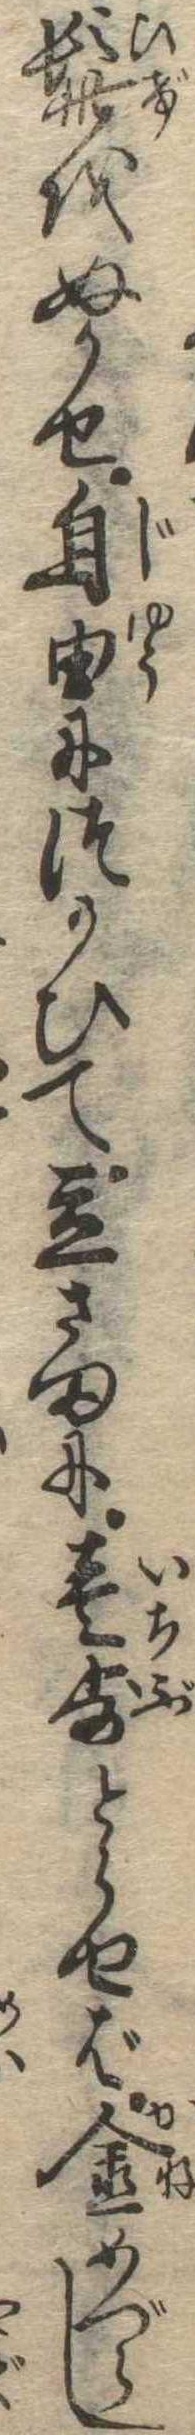
髭をぬかせ自由につかひて立さまに壱歩とらせば金めづらし